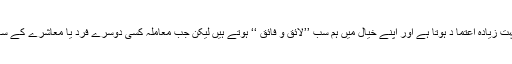
اپنی ذات ،صلاحیت اور قابلیت پر ہمیں بہت زیادہ اعتما د ہوتا ہے اور اپنے خیال میں ہم سب ’’لائق و فائق ‘‘ ہوتے ہیں لیکن جب معاملہ کسی دوسرے فرد یا معاشرے کے ساتھ ہو تو پھر ہم ’’زیرو‘‘ واقع ہوتے ہیں ۔